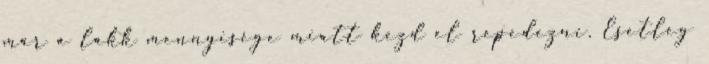
már a lakk mennyisége miatt kezd el repedezni. Esetleg